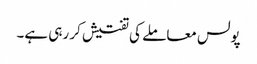
پولس معاملے کی تفتیش کر رہی ہے۔